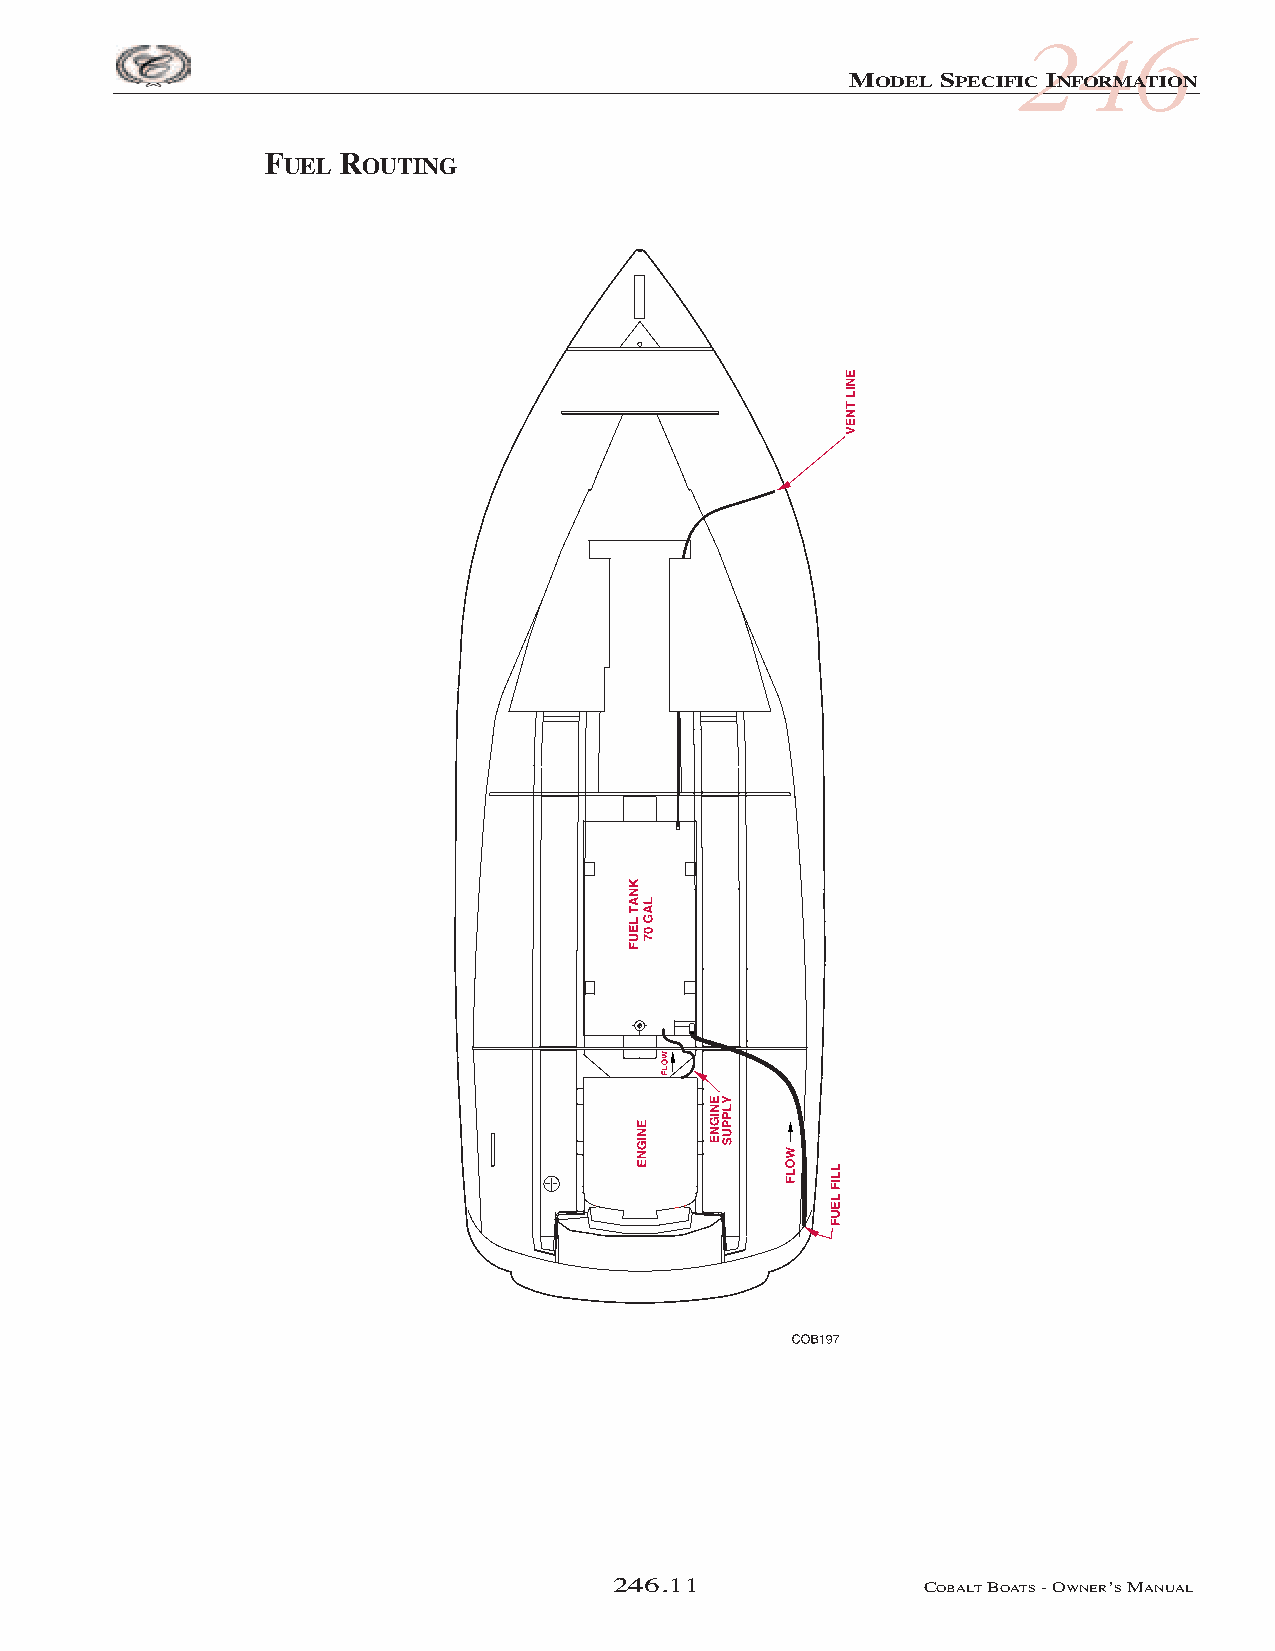
COB_05 Sect 246.qxd 3/18/05 9:25 AM Page 246.11
 246
 MODEL SPECIFIC INFORMATION
 FUEL ROUTING
 246.11               COBALTBOATS- OWNER’SMANUAL